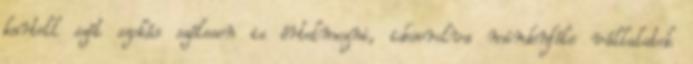
kartell szót szokás szélesen is értelmezni, idesorolva mindenféle vállalatok